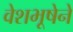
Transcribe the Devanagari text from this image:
वेशभूषेने